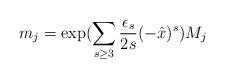
LaTeX: \begin{align*}m_j = \exp(\sum_{s \ge 3} \frac{\epsilon_s}{2s} (-\hat x)^s) M_j\end{align*}